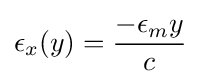
\epsilon _{x}(y)={\frac {-\epsilon _{m}y}{c}}